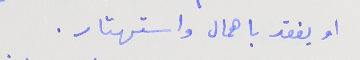
او يفقد باهمال واستهتار .